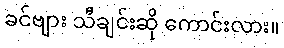
ခင်ဗျား သီချင်းဆို ကောင်းလား။